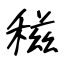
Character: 稵